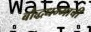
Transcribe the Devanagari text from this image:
बौद्धधम्माची